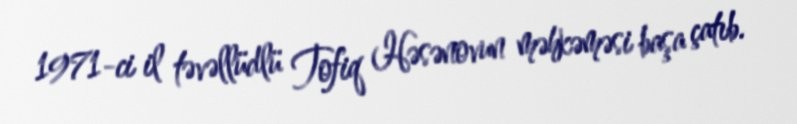
1971-ci il təvəllüdlü Tofiq Həsənovun məhkəməsi başa çatıb.